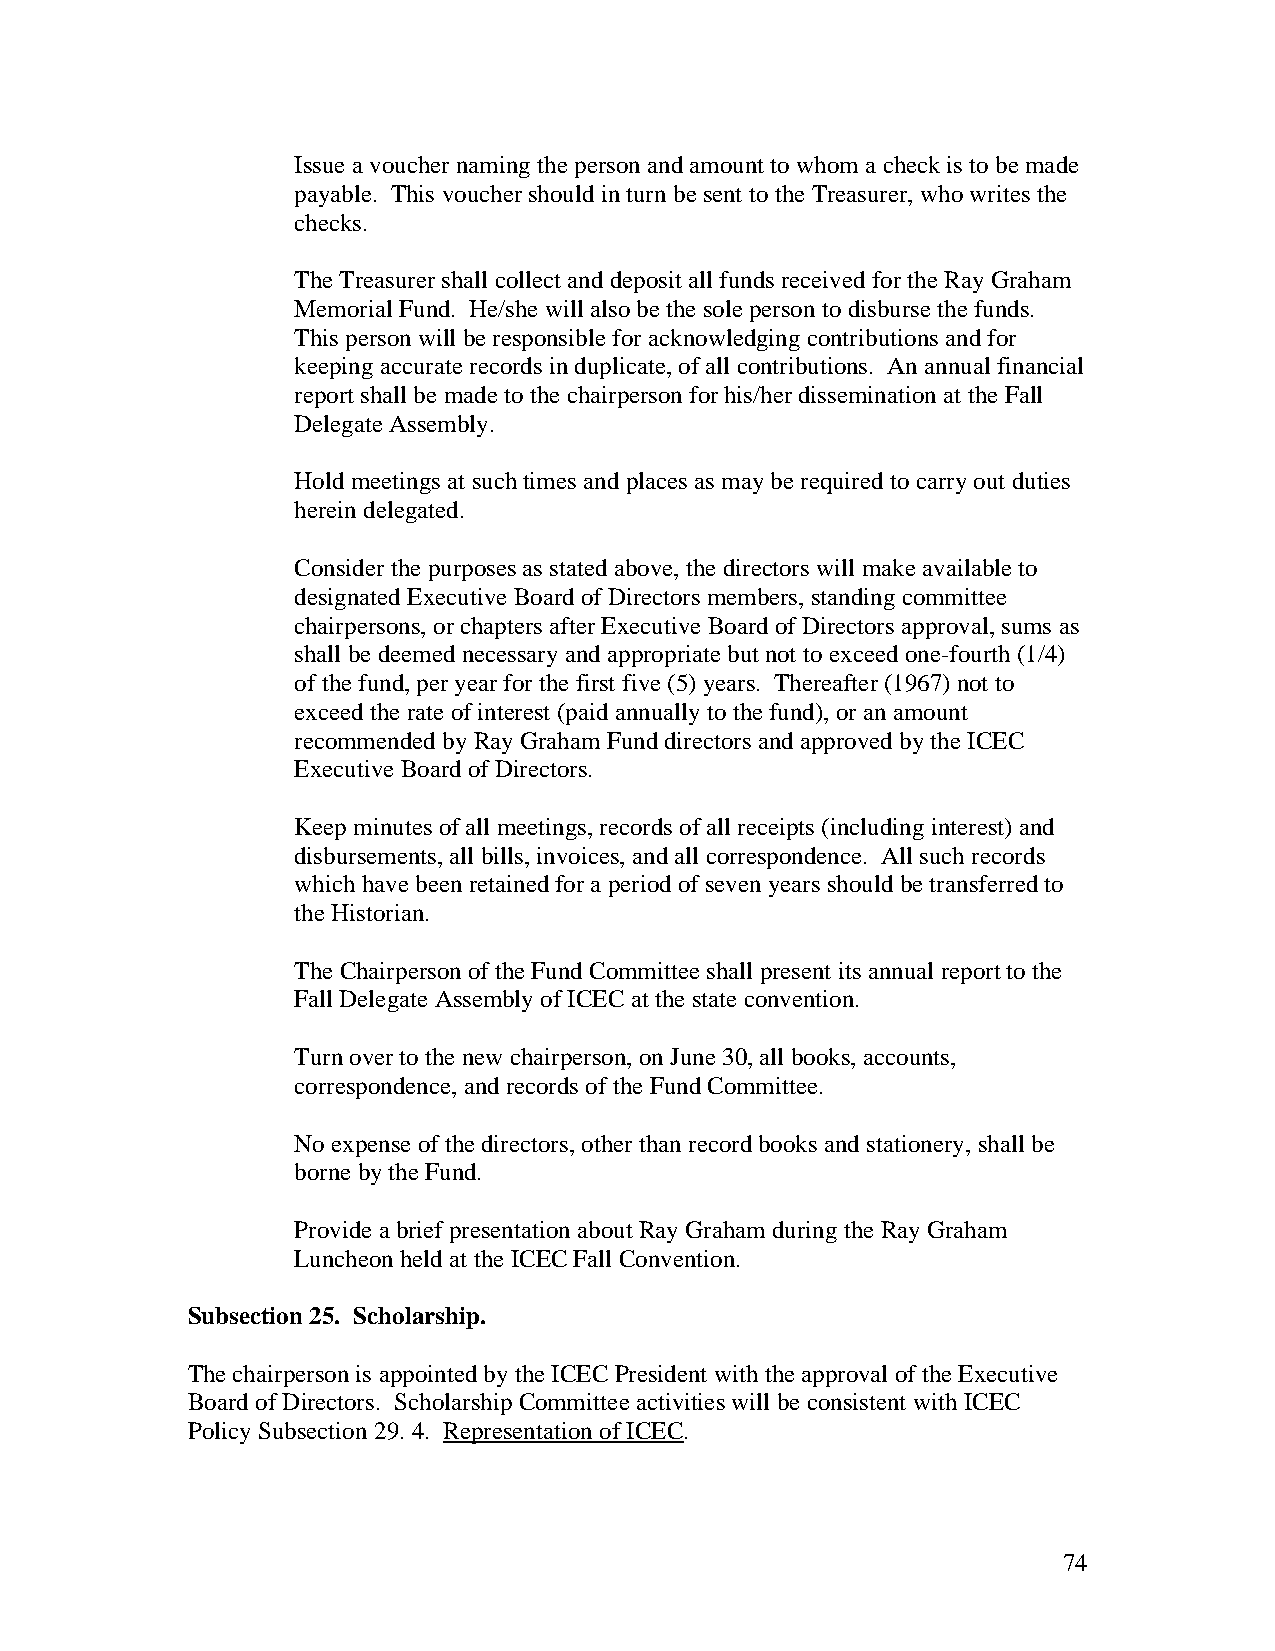
Issue a voucher naming the person and amount to whom a check is to be made
 payable. This voucher should in turn be sent to the Treasurer, who writes the
 checks.
 The Treasurer shall collect and deposit all funds received for the Ray Graham
 Memorial Fund. He/she will also be the sole person to disburse the funds.
 This person will be responsible for acknowledging contributions and for
 keeping accurate records in duplicate, of all contributions. An annual financial
 report shall be made to the chairperson for his/her dissemination at the Fall
 Delegate Assembly.
 Hold meetings at such times and places as may be required to carry out duties
 herein delegated.
 Consider the purposes as stated above, the directors will make available to
 designated Executive Board of Directors members, standing committee
 chairpersons, or chapters after Executive Board of Directors approval, sums as
 shall be deemed necessary and appropriate but not to exceed one-fourth (1/4)
 of the fund, per year for the first five (5) years. Thereafter (1967) not to
 exceed the rate of interest (paid annually to the fund), or an amount
 recommended by Ray Graham Fund directors and approved by the ICEC
 Executive Board of Directors.
 Keep minutes of all meetings, records of all receipts (including interest) and
 disbursements, all bills, invoices, and all correspondence. All such records
 which have been retained for a period of seven years should be transferred to
 the Historian.
 The Chairperson of the Fund Committee shall present its annual report to the
 Fall Delegate Assembly of ICEC at the state convention.
 Turn over to the new chairperson, on June 30, all books, accounts,
 correspondence, and records of the Fund Committee.
 No expense of the directors, other than record books and stationery, shall be
 borne by the Fund.
 Provide a brief presentation about Ray Graham during the Ray Graham
 Luncheon held at the ICEC Fall Convention.
 Subsection 25. Scholarship.
 The chairperson is appointed by the ICEC President with the approval of the Executive
 Board of Directors. Scholarship Committee activities will be consistent with ICEC
 Policy Subsection 29. 4. Representation of ICEC.
 74